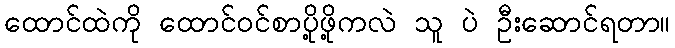
ထောင်ထဲကို ထောင်ဝင်စာပို့ဖို့ကလဲ သူ ပဲ ဦးဆောင်ရတာ။